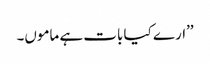
’’ارے کیا بات ہے ماموں۔